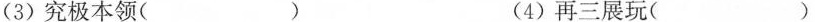
（3)究极本领（）（4) 再二展玩（ ）